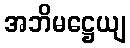
အဘိမဋ္ဌေယျ